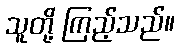
သူတို့ ကြည့်သည်။